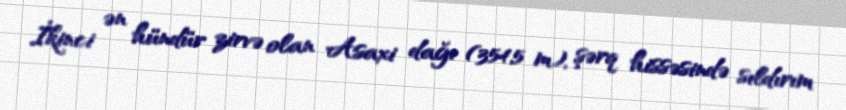
İkinci ən hündür zirvə olan Asaxi dağı (354,5 m), şərq hissəsində sıldırım